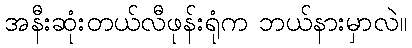
အနီးဆုံးတယ်လီဖုန်းရုံက ဘယ်နားမှာလဲ။